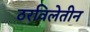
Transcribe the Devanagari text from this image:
ठरविलेतीन